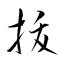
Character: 抜